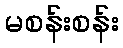
မစန်းစန်း